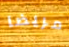
مريضا